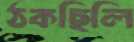
ঠকছিলি